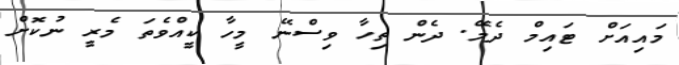
މައިއަށް ޓައިމް ދެމޭ. ދެން ތިހާ ވިސްނޭ މީހާ ކީއްވެތަ މެރީ ނުކޮށް